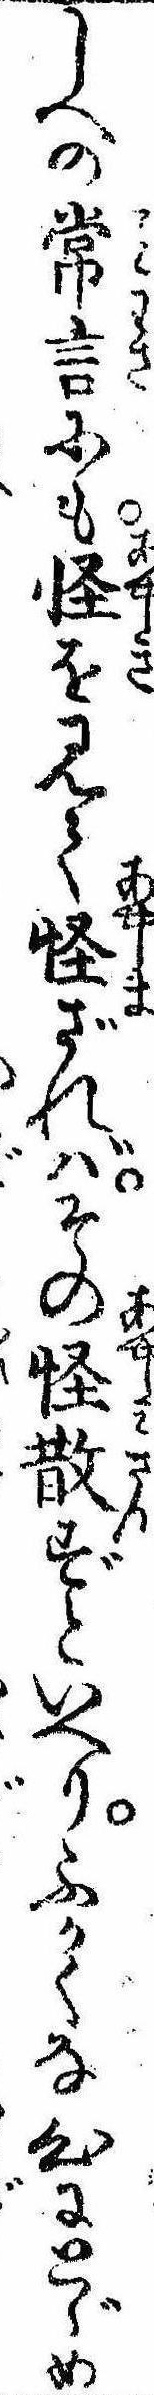
しへの常言にも怪を見て怪ざればその怪散ずといへりふかくな心にとゞめ